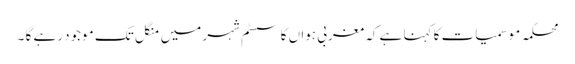
محکمہ موسمیات کا کہنا ہے کہ مغربی ہواں کا سسٹم شہر میں منگل تک موجود رہے گا ۔